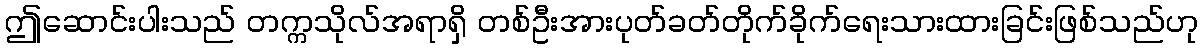
ဤဆောင်းပါးသည် တက္ကသိုလ်အရာရှိ တစ်ဦးအားပုတ်ခတ်တိုက်ခိုက်ရေးသားထားခြင်းဖြစ်သည်ဟု